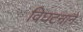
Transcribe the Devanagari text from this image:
विघटनाने